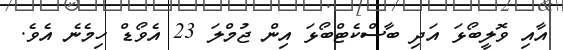
އާއި ވޮލީބޯޅަ އަދި ބާސްކެޓްބޯޅަ އިން ޖުމްލަ 23 އެވޯޑް ހިމެނެ އެވެ.